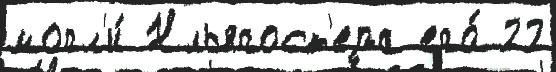
могл'и́ Нльягост'ера его́ 22